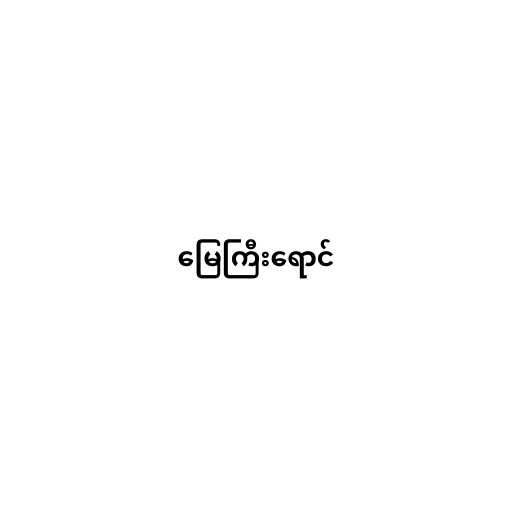
မြေကြီးရောင်